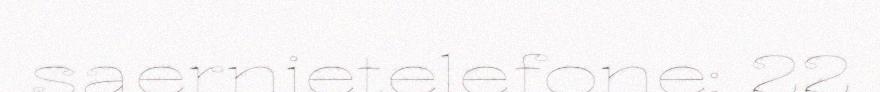
saernietelefone: 22